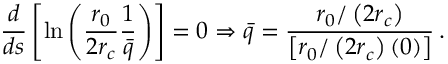
\frac { d } { d s } \left[ \ln \left( \frac { r _ { 0 } } { 2 r _ { c } } \frac { 1 } { \bar { q } } \right) \right] = 0 \Rightarrow \bar { q } = \frac { r _ { 0 } / \left( 2 r _ { c } \right) } { \left[ r _ { 0 } / \left( 2 r _ { c } \right) ( 0 ) \right] } \, .